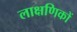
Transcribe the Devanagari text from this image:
लाक्षणिकों